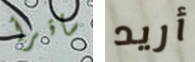
سأقرأ أريد